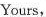
Yours，